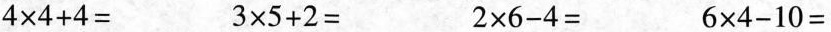
$$4\times 4+4=$$ $$3\times 5+2=$$ $$2\times 6-4=$$ $$6\times 4-10=$$